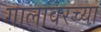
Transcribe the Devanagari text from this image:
गालावरच्या